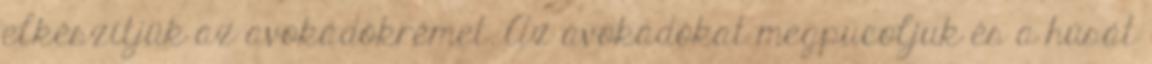
elkészítjük az avokádókrémet. Az avokádókat megpucoljuk és a húsát